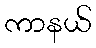
ကာနယ်